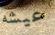
عيشه